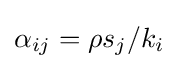
\alpha _{ij}=\rho s_{j}/k_{i}